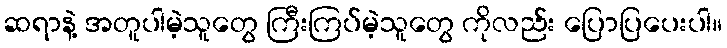
ဆရာနဲ့ အတူပါမဲ့သူတွေ ကြီးကြပ်မဲ့သူတွေ ကိုလည်း ပြောပြပေးပါ။